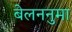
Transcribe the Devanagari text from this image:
बेलननुमा